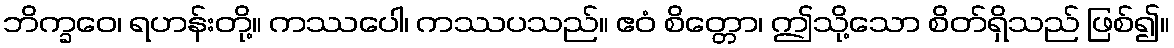
ဘိက္ခဝေ၊ ရဟန်းတို့။ ကဿပေါ၊ ကဿပသည်။ ဧဝံ စိတ္တော၊ ဤသို့သော စိတ်ရှိသည် ဖြစ်၍။